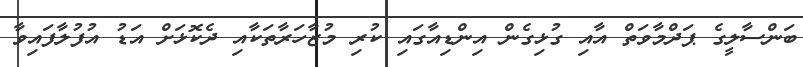
ބަންސާލީގެ ޕަދްމާވަތް އާއި ގުޅިގެން އިންޑިއާގައި ކުރި މުޒާހަރާތަކާއި ދެކޮޅަށް އަޑު އުފުލާފައިވާ